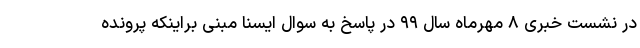
در نشست خبری ۸ مهرماه سال ۹۹ در پاسخ به سوال ایسنا مبنی براینکه پرونده